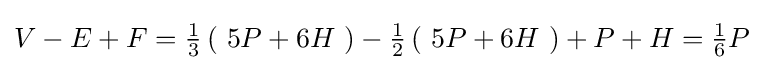
V-E+F={\tfrac {1}{3}}\left(\ 5P+6H\ \right)-{\tfrac {1}{2}}\left(\ 5P+6H\ \right)+P+H={\tfrac {1}{6}}P~